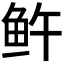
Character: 𬶉